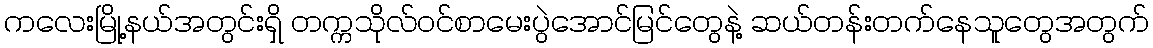
ကလေးမြို့နယ်အတွင်းရှိ တက္ကသိုလ်ဝင်စာမေးပွဲအောင်မြင်တွေနဲ့ ဆယ်တန်းတက်နေသူတွေအတွက်